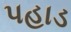
પહાડ